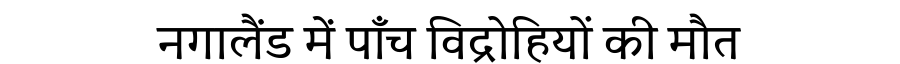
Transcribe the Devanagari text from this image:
नगालैंड में पाँच विद्रोहियों की मौत